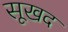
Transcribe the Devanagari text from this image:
सूखद